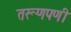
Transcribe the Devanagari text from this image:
तरूणपणी